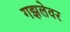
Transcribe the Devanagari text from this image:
गझलेवर